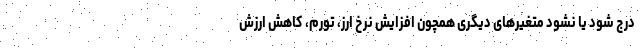
درج شود یا نشود متغیرهای دیگری همچون افزایش نرخ ارز، تورم، کاهش ارزش